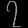
Digit: ၇